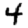
Digit: 4